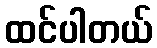
ထင်ပါတယ်